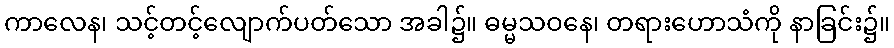
ကာလေန၊ သင့်တင့်လျောက်ပတ်သော အခါ၌။ ဓမ္မသဝနေ၊ တရားဟောသံကို နာခြင်း၌။